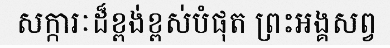
សក្ការៈដ៏ខ្ពង់ខ្ពស់បំផុត ព្រះអង្គសព្វ